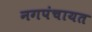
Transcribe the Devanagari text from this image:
नगपंचायत